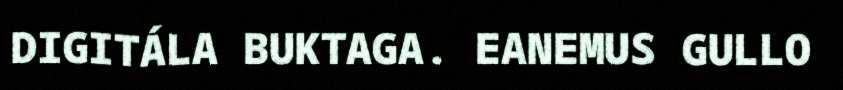
DIGITÁLA BUKTAGA. EANEMUS GULLO